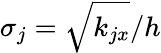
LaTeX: \sigma_{j}=\sqrt{k_{jx}}/h